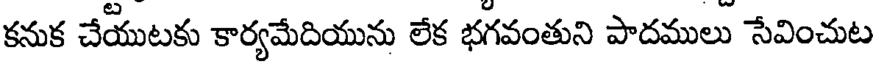
కనుక చేయుటకు కార్యమేదియును లేక భగవంతుని పాదములు సేవించుట